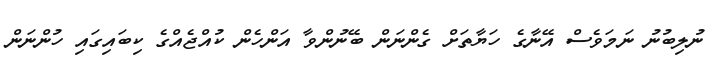
ނުލިބުނު ނަމަވެސް އޭނާގެ ހަޔާތަށް ގެންނަން ބޭނުންވާ އަންހެން ކުއްޖެއްގެ ކިބައިގައި ހުންނަން